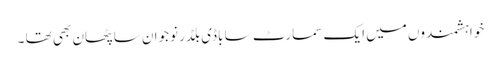
خواہشمندوں میں ایک سمارٹ سا باڈی بلڈر نوجوان سا پٹھان بھی تھا ۔